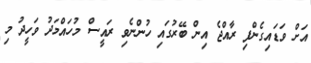
އަށް ވަޑައިގެންފި ރާއްޖެ އިން ބޭރުގައި ހުންނެވި ރައީސް މުހައްމަދު ވަހީދު މި